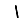
Digit: 1